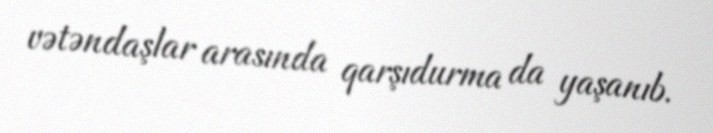
vətəndaşlar arasında qarşıdurma da yaşanıb.